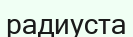
радиуста